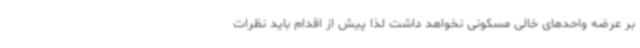
بر عرضه واحدهای خالی مسکونی نخواهد داشت لذا پیش از اقدام باید نظرات